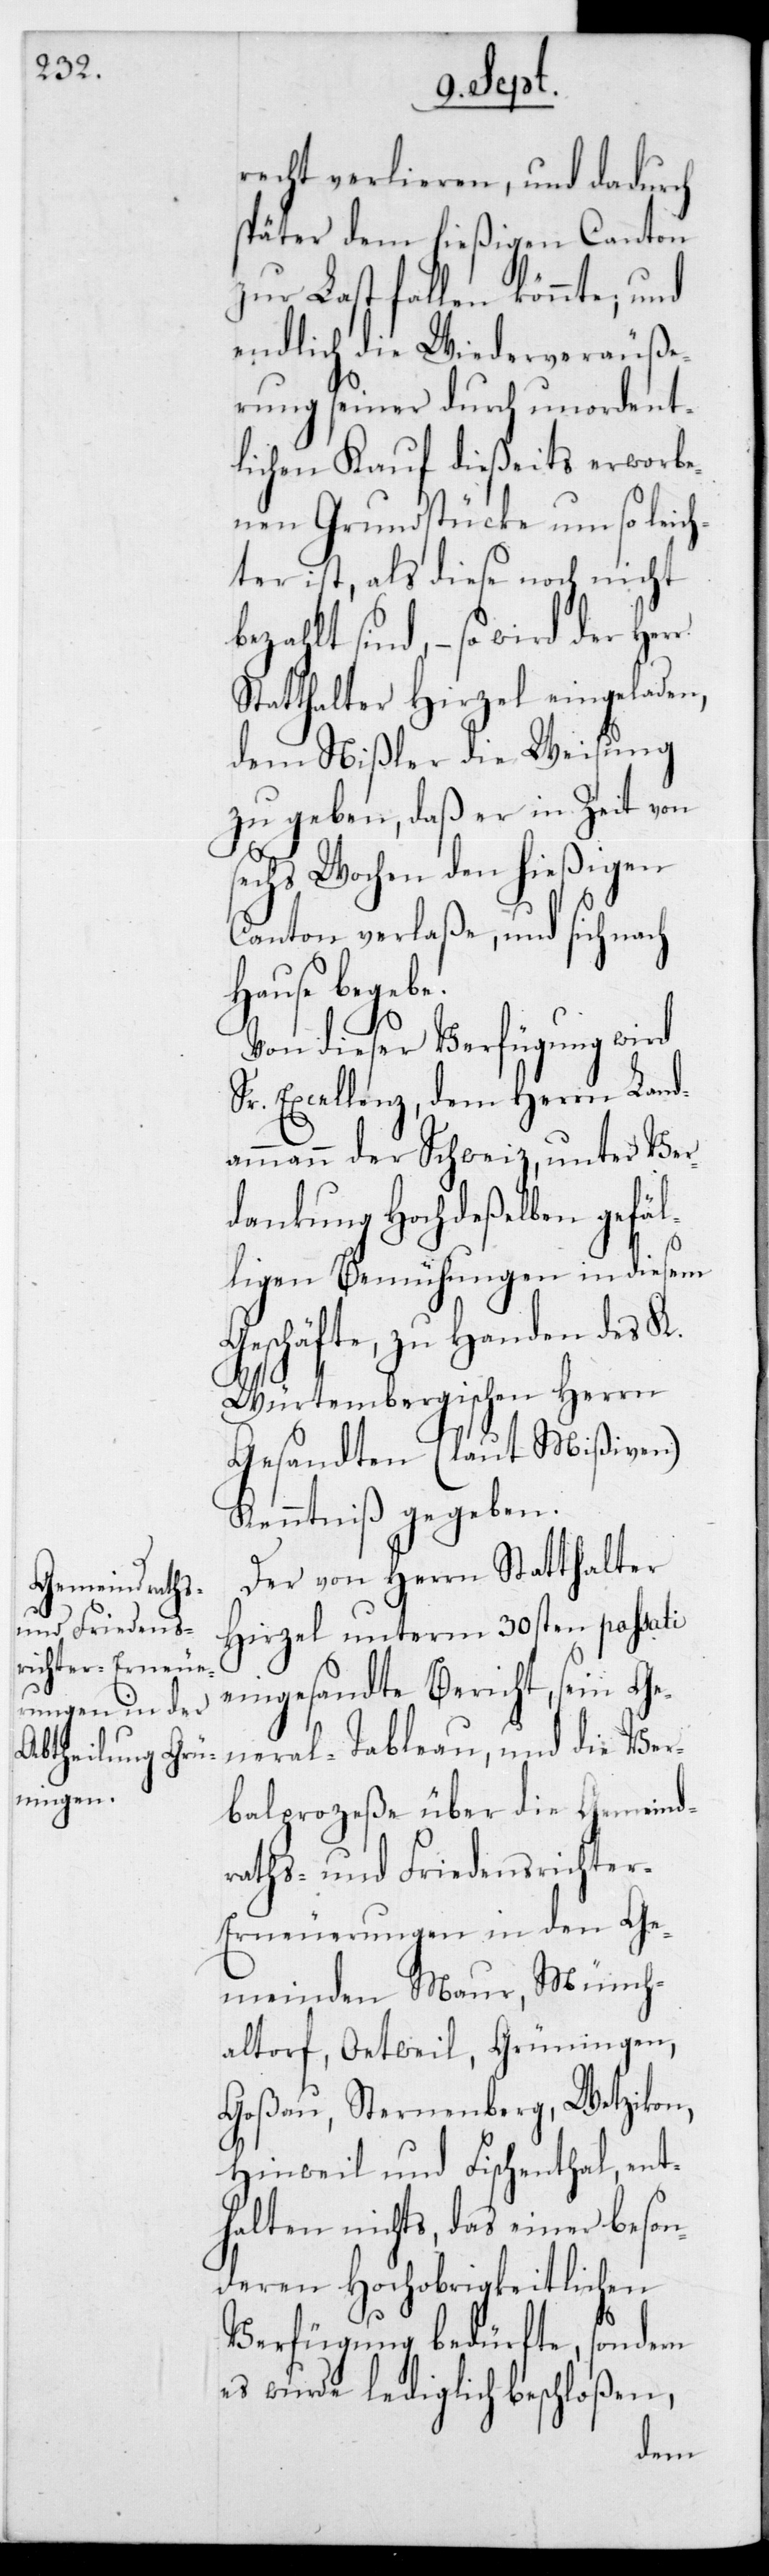
recht verlieren, und dadurch
später dem hießigen Canton
zur Last fallen könnte, und
endlich die Wiederveräuße¬
rung seiner durch unordent¬
lichen Kauf dießeits erworbe¬
nen Grundstücke um so leich¬
ter ist, als diese noch nicht
bezahlt sind, – so wird der Herr
Statthalter Hirzel eingeladen,
dem Nißler die Weisung
zu geben, daß er in Zeit von
sechs Wochen den hießigen
Canton verlaße, und sich nach
Hause begebe.
Von dieser Verfügung wird
Sr. Excellenz, dem Herrn Land¬
ammann der Schweiz, unter Ver¬
dankung Hochdeßelben gefäl¬
ligen Bemühungen in diesem
Geschäfte, zu Handen des
K.-Würtembergischen Herrn
Gesandten (laut Mißiven)
Kenntniß gegeben.
Der von Herrn Statthalter
Hirzel unterm 30sten passati
eingesandte Bericht, sein Ge¬
neral-Tableau, und die Ver¬
balprozeße über die Gemeind¬
raths- und Friedensrichte¬
r-Erneuerungen in den Ge¬
meinden Maur, Münch¬
altorf, Oetweil, Grüningen,
Goßau, Sternenberg, Wetzikon,
Hinweil und Fischenthal, ent¬
halten nichts, das einer beson¬
deren Hochobrigkeitlichen
Verfügung bedürfte, sondern
es wurde lediglich beschloßen,